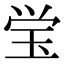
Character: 𭸼